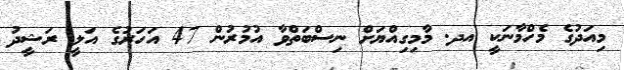
މިއަދުގެ މެހްމާނަކީ އދ. މާމިގިއްޔަށް ނިސްބަތްވާ އުމުރުން 47 އަހަރުގެ އަލީ ރަޝީދު